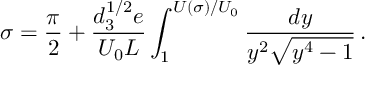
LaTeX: \sigma = { \frac { \pi } { 2 } } + \frac { d _ { 3 } ^ { 1 / 2 } e } { U _ { 0 } L } \int _ { 1 } ^ { U ( \sigma ) / U _ { 0 } } \frac { d y } { y ^ { 2 } \sqrt { y ^ { 4 } - 1 } } \, .